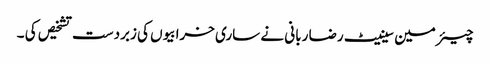
چیئرمین سینیٹ رضا ربانی نے ساری خرابیوں کی زبردست تشخیص کی ۔